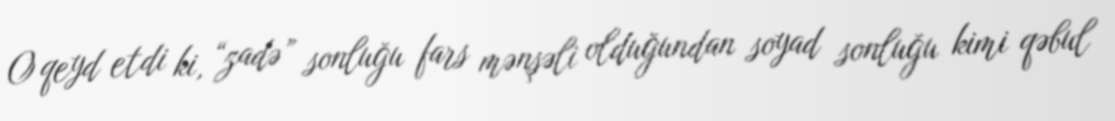
O qeyd etdi ki, “zadə” sonluğu fars mənşəli olduğundan soyad sonluğu kimi qəbul